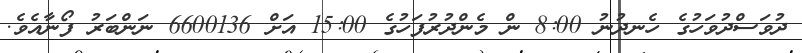
ދުވަސްދުވަހުގެ ހެނދުނު 8:00 ން މެންދުރުފަހުގެ 15:00 އަށް 6600136 ނަންބަރު ފޯނާއެވެ.